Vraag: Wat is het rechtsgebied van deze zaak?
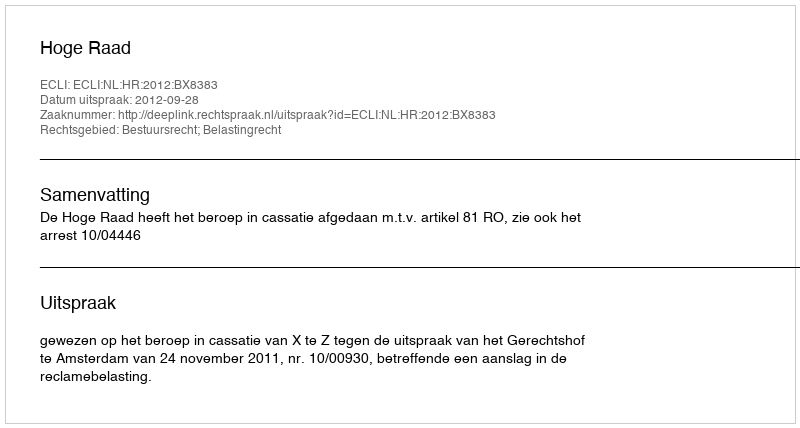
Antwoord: Bestuursrecht; Belastingrecht